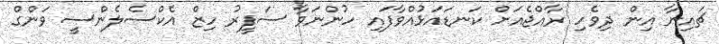
ޗައިނާ އިން ދިވެހި ރާއްޖެއަށް ކަނޑައަޅުއްވާފައި ހުންނަވާ ސަފީރު ހިޒް އެކްސެލެންސީ ވަންގް